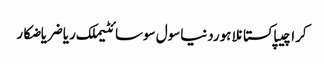
کراچیپاکستانلاہوردنیاسول سوسائٹیملک ریاضریاضکار